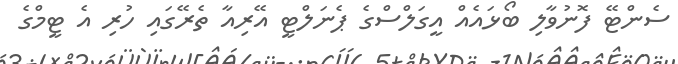
ސެންޓޭ ފޮނުވާލި ބޯޅައެއް އީގަލްސްގެ ޕެނަލްޓީ އޭރިއާ ތެރޭގައި ހުރި އެ ޓީމްގެ